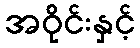
အဝိုင်းနှင့်